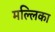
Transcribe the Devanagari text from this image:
मल्‍लिका